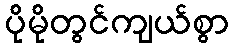
ပိုမိုတွင်ကျယ်စွာ